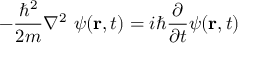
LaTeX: - { \frac { \hbar ^ { 2 } } { 2 m } } \nabla ^ { 2 } \ \psi ( \mathbf { r } , t ) = i \hbar { \frac { \partial } { \partial t } } \psi ( \mathbf { r } , t )